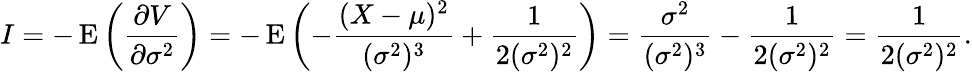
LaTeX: I=-\operatorname{E}\left({\frac{\partial V}{\partial\sigma^{2}}}\right)=-\operatorname{E}\left(-{\frac{(X-\mu)^{2}}{(\sigma^{2})^{3}}}+{\frac{1}{2(\sigma^{2})^{2}}}\right)={\frac{\sigma^{2}}{(\sigma^{2})^{3}}}-{\frac{1}{2(\sigma^{2})^{2}}}={\frac{1}{2(\sigma^{2})^{2}}}.